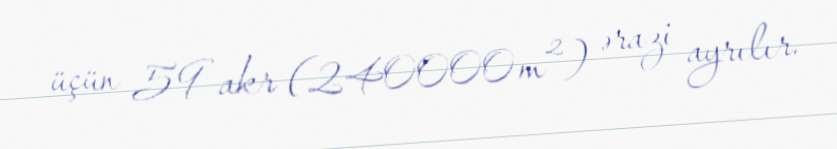
üçün 59 akr (240000 m²) ərazi ayrılır.